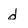
Character: d